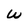
Character: W